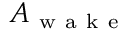
A _ { \mathrm { ~ w ~ a ~ k ~ e ~ } }